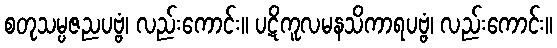
စတုသမ္ပဇညပဗ္ဗံ၊ လည်းကောင်း။ ပဋိကူလမနသိကာရပဗ္ဗံ၊ လည်းကောင်း။